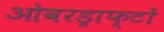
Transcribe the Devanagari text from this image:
ओवरड्राफ्टों